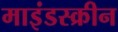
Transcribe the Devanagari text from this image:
माइंडस्क्रीन